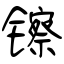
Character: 镲